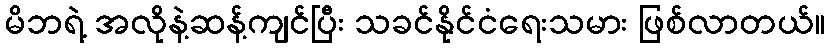
မိဘရဲ့ အလိုနဲ့ဆန့်ကျင်ပြီး သခင်နိုင်ငံရေးသမား ဖြစ်လာတယ်။